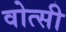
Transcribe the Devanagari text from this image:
वोत्सी